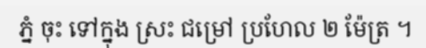
ភ្នំ ចុះ ទៅក្នុង ស្រះ ជម្រៅ ប្រហែល ២ ម៉ែត្រ ។